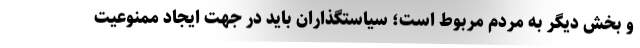
و بخش دیگر به مردم مربوط است؛ سیاستگذاران باید در جهت ایجاد ممنوعیت